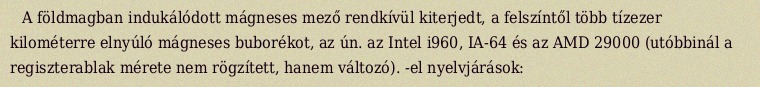
A földmagban indukálódott mágneses mező rendkívül kiterjedt, a felszíntől több tízezer kilométerre elnyúló mágneses buborékot, az ún. az Intel i960, IA-64 és az AMD 29000 (utóbbinál a regiszterablak mérete nem rögzített, hanem változó). -el nyelvjárások: